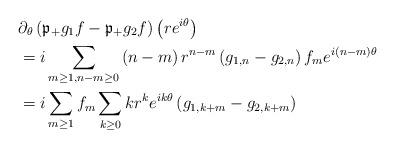
LaTeX: \begin{align*}& \partial_{\theta}\left( \mathfrak{p}_{+}g_{1}f-\mathfrak{p}_{+}g_{2}f\right) \left( re^{i\theta}\right) \\& =i\sum_{m\geq1,n-m\geq0}\left( n-m\right) r^{n-m}\left(g_{1,n}-g_{2,n}\right) f_{m}e^{i\left( n-m\right) \theta} \\& =i\sum_{m\geq1}f_{m}\sum_{k\geq0}kr^{k}e^{ik\theta}\left(g_{1,k+m}-g_{2,k+m}\right) \end{align*}